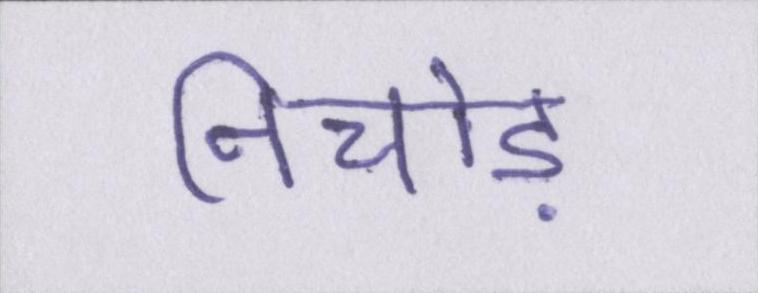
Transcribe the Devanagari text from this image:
निचोड़